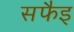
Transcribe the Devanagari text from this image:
सफैइ